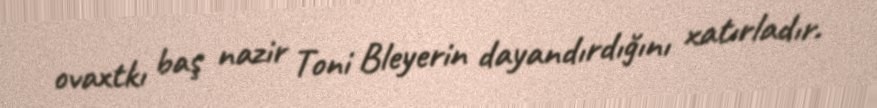
ovaxtkı baş nazir Toni Bleyerin dayandırdığını xatırladır.